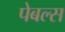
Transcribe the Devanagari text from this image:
पेबल्स